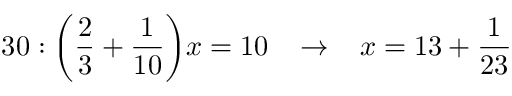
3 0 : { \bigg ( } { \frac { 2 } { 3 } } + { \frac { 1 } { 1 0 } } { \bigg ) } x = 1 0 \; \; \; \rightarrow \; \; \; x = 1 3 + { \frac { 1 } { 2 3 } }